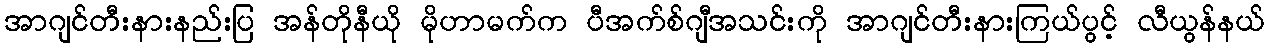
အာဂျင်တီးနားနည်းပြ အန်တိုနီယို မိုဟာမက်က ပီအက်စ်ဂျီအသင်းကို အာဂျင်တီးနားကြယ်ပွင့် လီယွန်နယ်